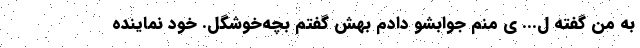
به من گفته ل... ی منم جوابشو دادم بهش گفتم بچه‌خوشگل. خود نماینده